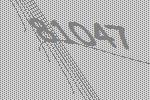
81047